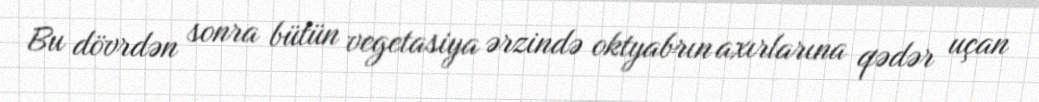
Bu dövrdən sonra bütün vegetasiya ərzində oktyabrın axırlarına qədər uçan